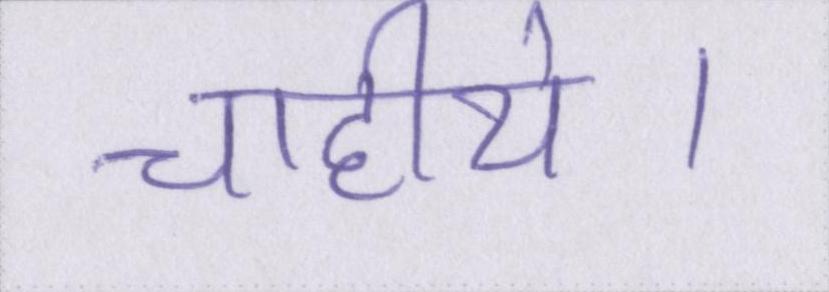
चाहीये।